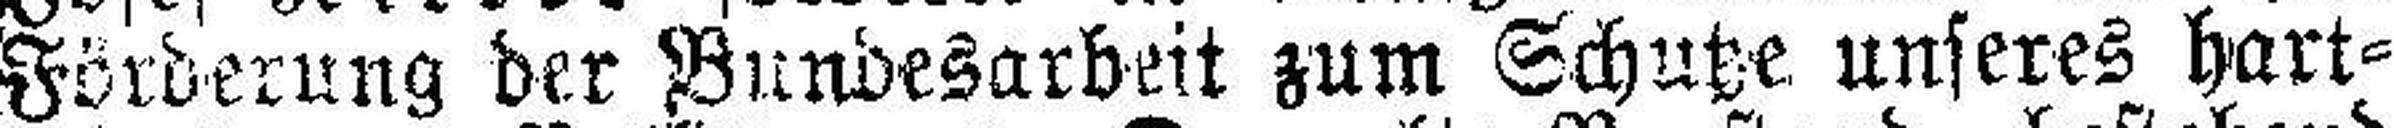
Förderung der Bundesarbeit zum Schutze unseres hart¬